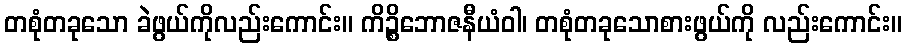
တစုံတခုသော ခဲဖွယ်ကိုလည်းကောင်း။ ကိဉ္စိဘောဇနီယံဝါ၊ တစုံတခုသောစားဖွယ်ကို လည်းကောင်း။